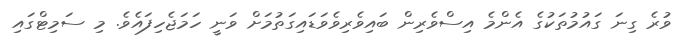
ވުރެ ގިނަ ގައުމުތަކުގެ އެންމެ އިސްވެރިން ބައިވެރިވެވަޑައިގަތުމަށް ވަނީ ހަމަޖެހިފައެވެ. މި ސަމިޓްގައި